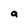
Character: a